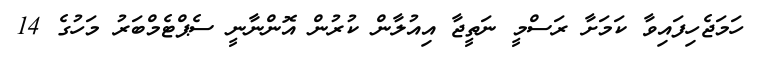
ހަމަޖެހިފައިވާ ކަމަށާ ރަސްމީ ނަތީޖާ އިއުލާން ކުރުން އޮންނާނީ ސެޕްޓެމްބަރު މަހުގެ 14